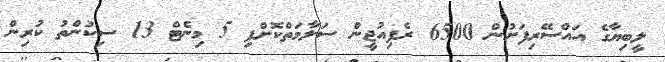
ލީބިޔާގެ އައްސޭރިފަށުން 6500 ރެފިއުޖީން ސަލާމަތްކޮށްފި 5 މިނެޓް 13 ސިކުންތު ކުރިން